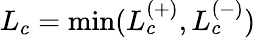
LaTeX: L_{c}=\operatorname*{min}(L_{c}^{(+)},L_{c}^{(-)})